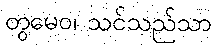
တွမေဝ၊ သင်သည်သာ